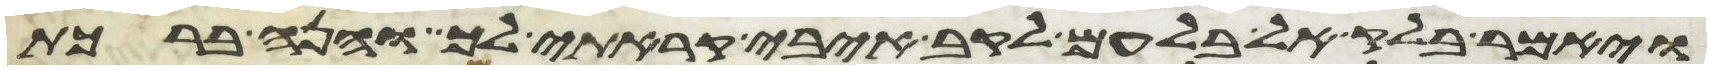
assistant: ויאמר בלק אל בלעם לקב איבי קראתי לך והנה ברכת